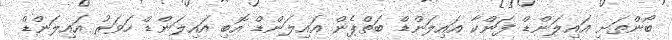
ބޯންތަށި އައިލަންޑް ފަންކާ އައިލަންޑް ބަތްޕެން އައިލަންޑް އޮބި އައިލަންޑް ހަވަރު އައިލަންޑް